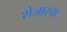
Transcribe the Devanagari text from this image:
शेजारचा